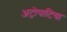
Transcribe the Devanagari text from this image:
अट्रोपाटिया